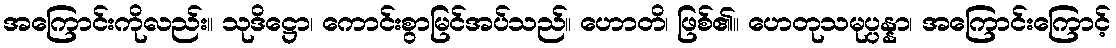
အကြောင်းကိုလည်း။ သုဒိဋ္ဌော၊ ကောင်းစွာမြင်အပ်သည်။ ဟောတိ၊ ဖြစ်၏။ ဟေတုသမုပ္ပန္နာ၊ အကြောင်းကြောင့်